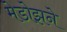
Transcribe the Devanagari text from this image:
मेडोझने